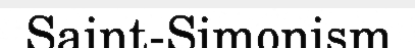
Saint-Simonism